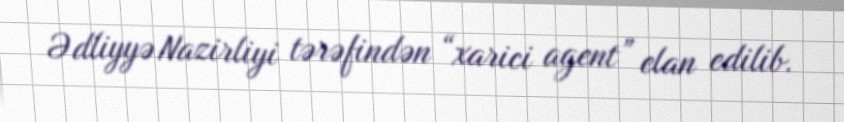
Ədliyyə Nazirliyi tərəfindən “xarici agent” elan edilib.